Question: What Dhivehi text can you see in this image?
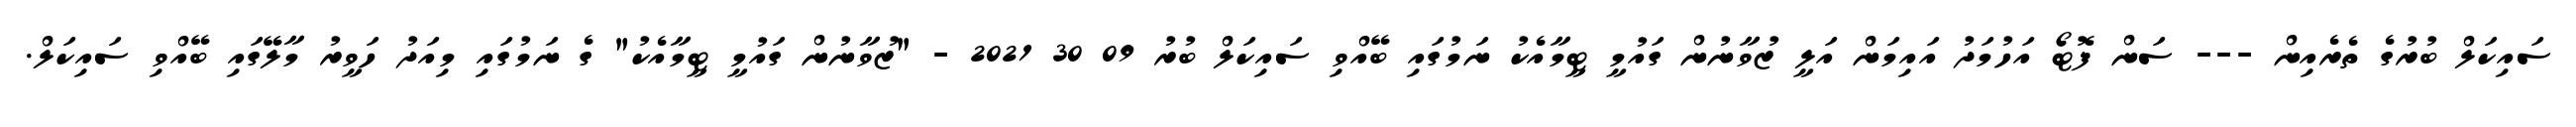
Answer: ސައިކަލް ބުރުގެ ތެރެއިން --- ސަން ފޮޓޯ އަހުމަދު އައިމަން އަލީ ޒުވާނުން ގައުމީ ޓީމާއެކު ނަމުގައި ބޭއްވި ސައިކަލް ބުރު 09 30 2021 - "ޒުވާނުން ގައުމީ ޓީމާއެކު" ގެ ނަމުގައި މިއަދު ހަވީރު މާލޭގައި ބޭއްވި ސައިކަލް.